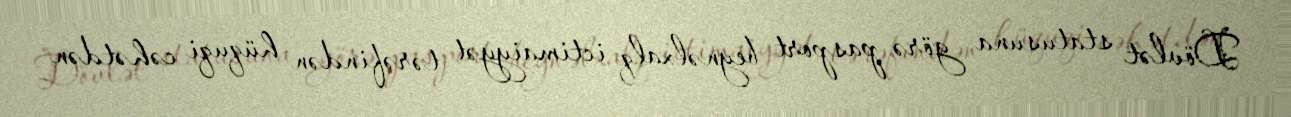
Dövlət statusuna görə pasport beynəlxalq ictimaiyyət tərəfindən hüquqi cəhətdən